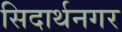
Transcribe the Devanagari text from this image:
सिदार्थनगर